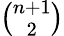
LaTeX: \textstyle{\binom{n+1}{2}}